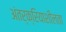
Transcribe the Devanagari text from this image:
अंतर्क्रियाशीलता